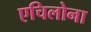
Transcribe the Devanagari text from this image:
एचिलोना